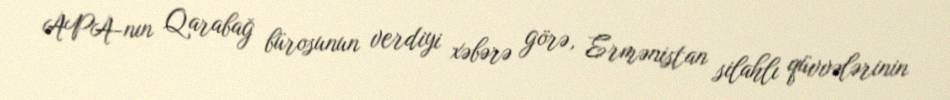
APA-nın Qarabağ bürosunun verdiyi xəbərə görə, Ermənistan silahlı qüvvələrinin